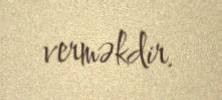
verməkdir.